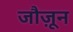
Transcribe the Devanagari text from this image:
जौज़ून